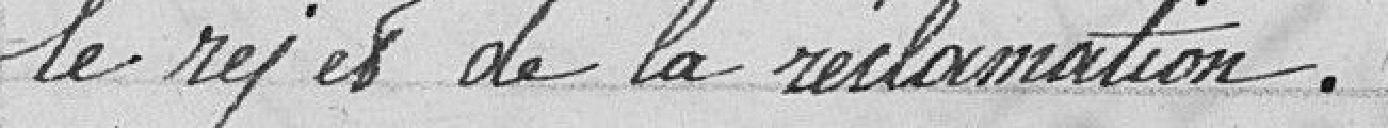
le rejet de la réclamation.